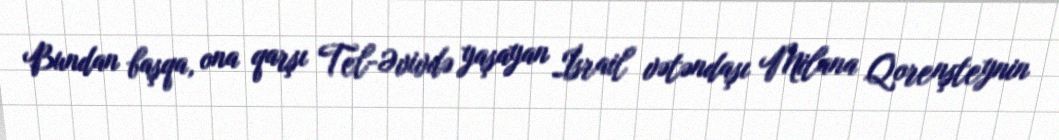
Bundan başqa, ona qarşı Tel-Əvivdə yaşayan İsrail vətəndaşı Milana Qorenşteynin